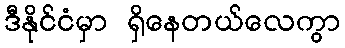
ဒီနိုင်ငံမှာ ရှိနေတယ်လေကွာ